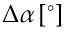
\Delta \alpha \, [ ^ { \circ } ]